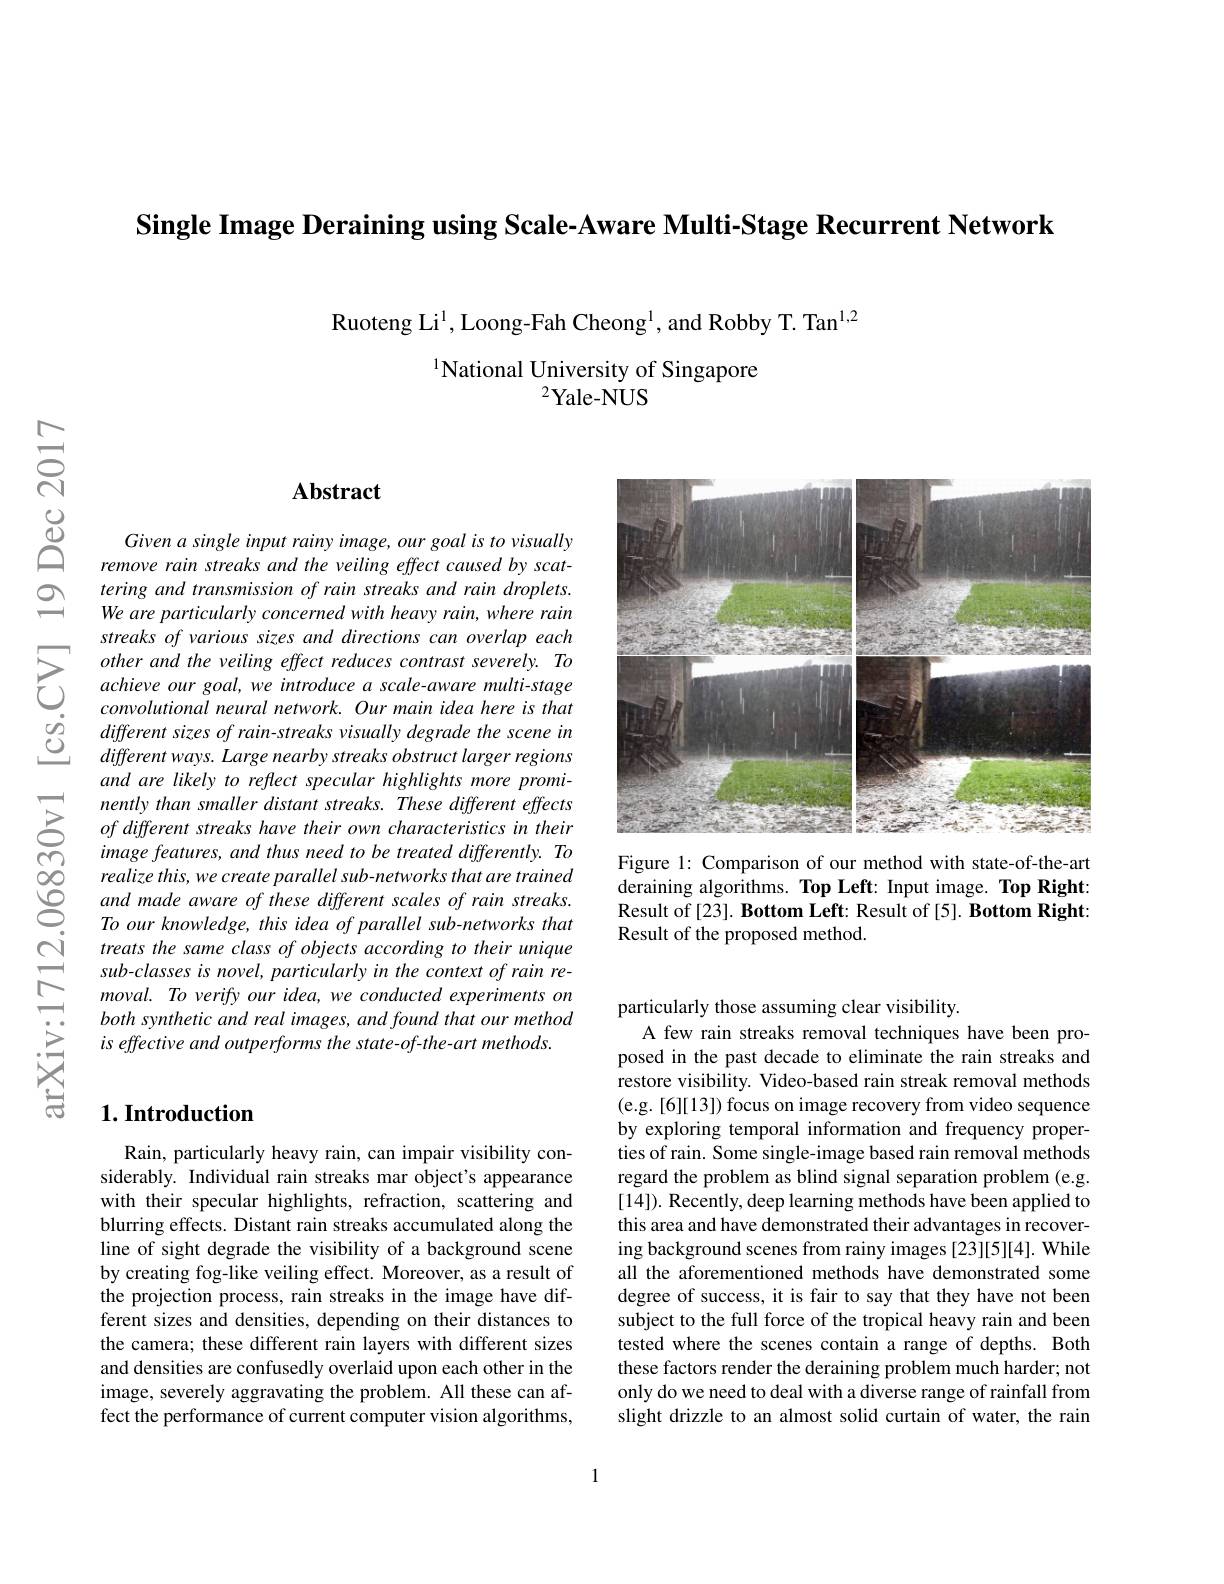
Single Image Deraining using Scale-Aware Multi-Stage Recurrent Network

Ruoteng Li$^{1}$, Loong-Fah Cheong$^{\mathrm{l}}$, and Robby T. Tan$^{1,2}$
$^{1}$National University of Singapore
$^{2}$Yale- NUS

<FigureHere>

Figure 1: Comparison of our method with state-of-the-art deraining algorithms. Top Left: Input image. Top Right: Result of [23]. Bottom Left: Result of [5]. Bottom Right: Result of the proposed method.

## Abstract

Given a single input rainy image, our goal is to visually remove rain streaks and the veiling effect caused by scattering and transmission of rain streaks and rain droplets. We are particularly concerned with heavy rain, where rain
$\sum_{\begin{array}{cc}streaks&of&various&sizes&and&directions&can&overlap&each\\&other&and&the&veiling&effect&reduces&contrast&severely.&To\\&achieve&our&goal,we&introduce&a&scale-aware&multi-stage\\&convolutional&neural&network.&Our&main&idea&here&is&that\end{array}}$ $\begin{array}{lll}&convolutional&neural&network.&Ourmain&idea&here&is&that\\\hline o_{2}&different&sizes&of&rain-streaks&visually&degrade&the&scene&in\\\hline C&different&ways.&Large&nearby&streaks&obstruct&larger&regions\end{array}$
$differentways. \textit{ Large nearby streaks obstruct larger regions}$ and are likely to reflect specular highlights more prominently than smaller distant streaks. These different effects of different streaks have their own characteristics in their image features, and thus need to be treated differently. To realize this, we create parallel sub-networks that are trained and made aware of these different scales of rain streaks. To our knowledge, this idea of parallel sub-networks that treats the same class of objects according to their unique sub-classes is novel, particularly in the context of rain removal. To verify our idea, we conducted experiments on both synthetic and real images, and found that our method is effective and outperforms the state-of-the-art methods

## $1. \textbf{Introduction}$

Rain, particularly heavy rain, can impair visibility considerably. Individual rain streaks mar object's appearance with their specular highlights, refraction, scattering and blurring effects. Distant rain streaks accumulated along the line of sight degrade the visibility of a background scene by creating fog-like veiling effect. Moreover, as a result of the projection process, rain streaks in the image have different sizes and densities, depending on their distances to the camera; these different rain layers with different sizes and densities are confusedly overlaid upon each other in the image, severely aggravating the problem. All these can affect the performance of current computer vision algorithms,

particularly those assuming clear visibility.
A few rain streaks removal techniques have been proposed in the past decade to eliminate the rain streaks and restore visibility. Video-based rain streak removal methods (e.g. [6][13]) focus on image recovery from video sequence by exploring temporal information and frequency properties of rain. Some single-image based rain removal methods regard the problem as blind signal separation problem (e.g. [14]). Recently, deep learning methods have been applied to this area and have demonstrated their advantages in recover ing background scenes from rainy images [23][5][4]. While all the aforementioned methods have demonstrated some degree of success, it is fair to say that they have not been subject to the full force of the tropical heavy rain and been tested where the scenes contain a range of depths. Both these factors render the deraining problem much harder; not only do we need to deal with a diverse range of rainfall from slight drizzle to an almost solid curtain of water, the rain

1